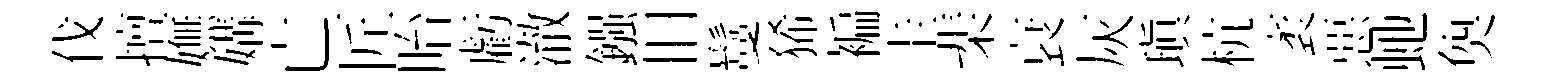
伐擅嫵媾亡匠眙虧澈鏹旧鬘狶褊圭棐衰灰瑱杭袤惡虵奐